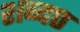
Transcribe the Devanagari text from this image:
शब्द०